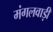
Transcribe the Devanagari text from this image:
मंगलवाड़ी